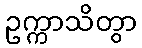
ဥက္ကာသိတွာ